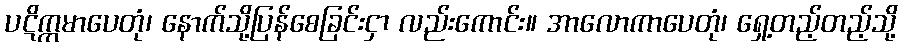
ပဋိက္ကမာပေတုံ၊ နောက်သို့ပြန်စေခြင်းငှာ လည်းကောင်း။ အာလောကာပေတုံ၊ ရှေ့တည့်တည့်သို့